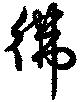
彿